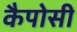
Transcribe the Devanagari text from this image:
कैपोसी